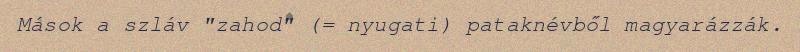
Mások a szláv "zahod" (= nyugati) pataknévből magyarázzák.